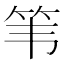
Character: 𫁳